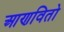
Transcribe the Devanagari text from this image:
आणवितो